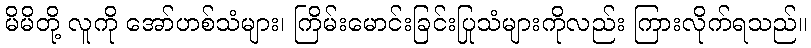
မိမိတို့ လူကို အော်ဟစ်သံများ၊ ကြိမ်းမောင်းခြင်းပြုသံများကိုလည်း ကြားလိုက်ရသည်။